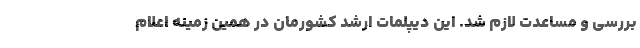
بررسی و مساعدت لازم شد. این دیپلمات ارشد کشورمان در همین زمینه اعلام